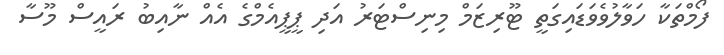
ފޯމްތަކާ ހަވާލުވެވަޑައިގަތީ ޓޫރިޒަމް މިނިސްޓަރު އަދި ޕީޕީއެމްގެ އެއް ނާއިބު ރައީސް މޫސާ